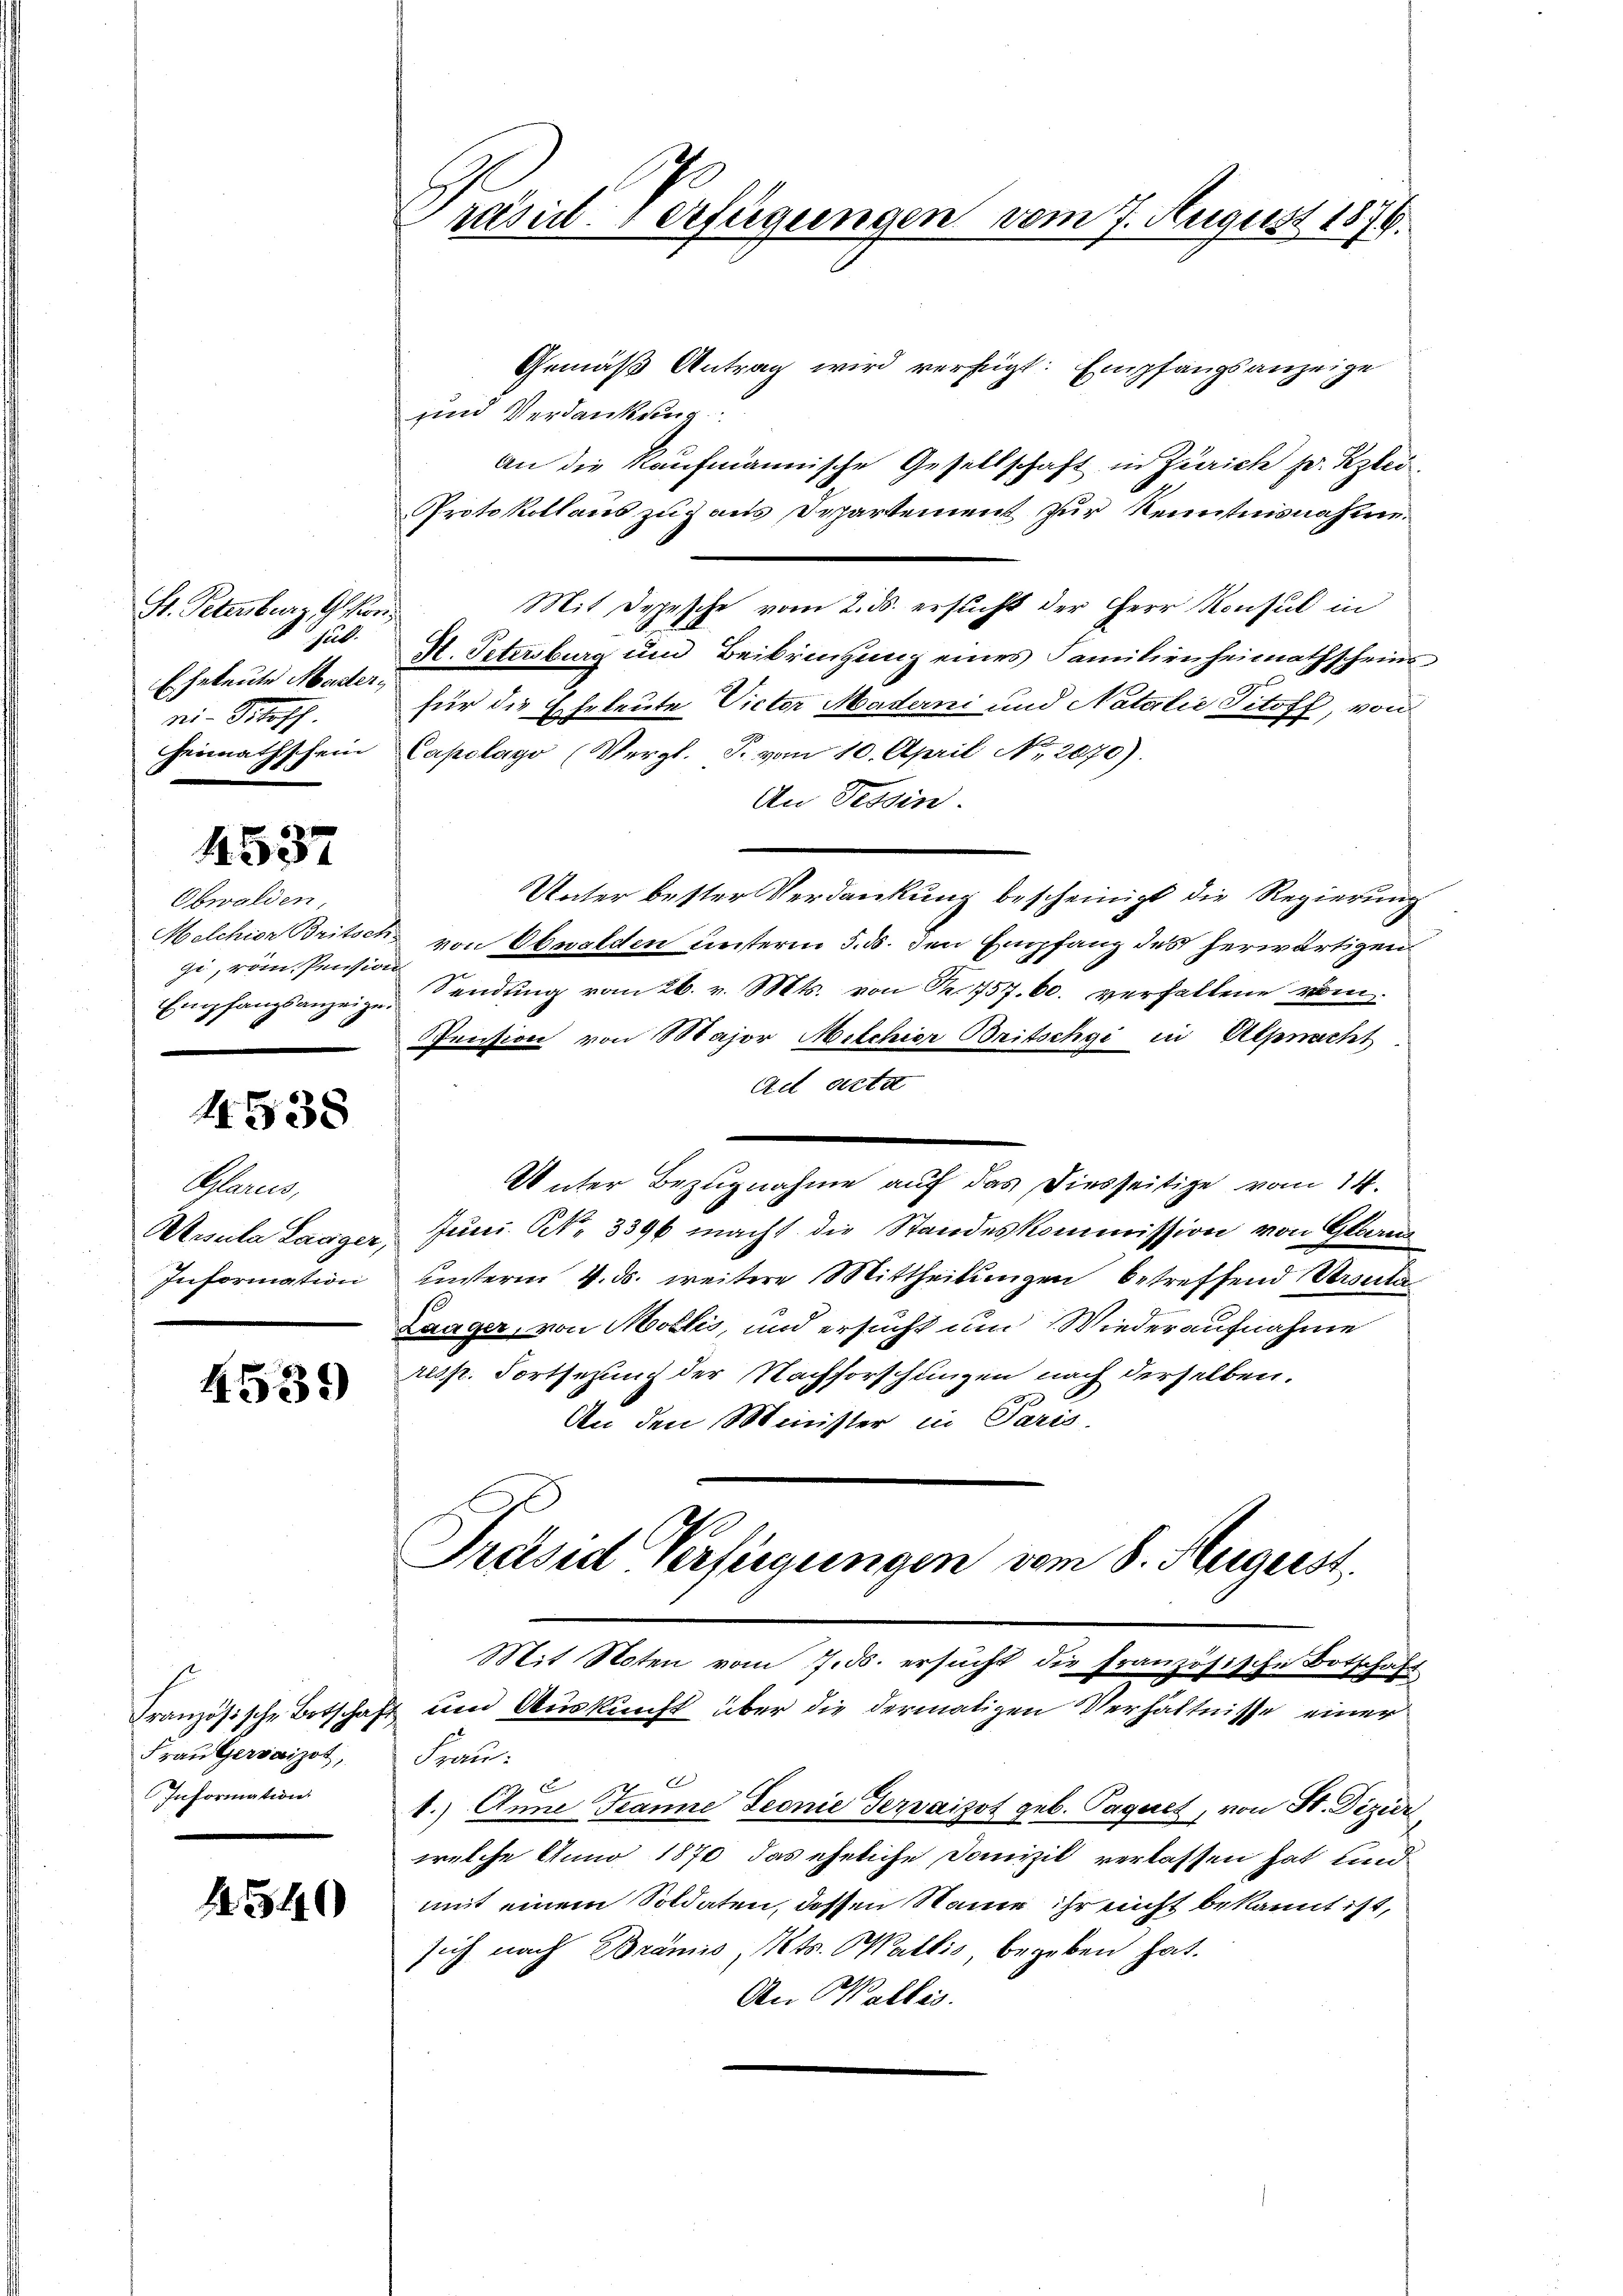
St. Petenburg Gson¬
Jul.
Eheleute Mater,
ni- Prof.
Heimathschein

4537

Obwalden,
Melchior Britsch
gi, vom Pension
Empfangsanzeige.

1538

Glarus,
Misula Laager,
Information

4539

Frau Gersaizot,
Information.

1. 340

Prasili erfügungen vom 7. August 1874.

Gemäß Antrag wird verfügt: Empfangsanzeige
und Verdankung
an die Kaufmännische Gesellschaft in Zürich p. Kzlic
Protokollauszug aus Departement zur Kenntnisnahme.
Mit Depesche vom 2. ds. ersucht der Herr Konsul in
M. Petersburg und Beibringung eines Familienheimathscheins
x
für die Eheleute Victor Maderni und Natalie Titoff, von
Capolago (Vergl. J. vom 10. April No 2070).
An Tessin.
Unter bester Verdankung bescheinigt die Regierung
von Obwalden unterm 5. ds. den Empfang des herwärtigen
Sendung vom 26. v. Mts. von Fr. 757. 60. verhaltene vom
Pension von Major Milchior Britschgi in Alpnacht
Ad acta
Unter Bezugnahme auf das Diesseitige vom 14.
Juni N. 3396 macht die Standeskommission von Glarus
unterm 4. ds. weitere Mittheilungen betreffend Ursula
Laager, von Mollis, und ersucht um Wiederaufnahme
resp. Fortsezung der Nachforschungen nach derselben.
An den Minister in Paris.
Präsid Verfügungen vom 8. August.
Mit Noten vom 7. ds. ersucht die französische Botschaft
Französische Botschaft um Auskunft über die dermaligen Verhältnisse einer
Frau:
d
c
1.) Anna Tanne Seonie Gervaizot geb. Pageret, von St. Dizier
welche Anno 1870 das eheliche Domizil verlassen hat und
mit einem Soldaten, dessen Name ihr nicht bekannt ist,
sich nach Brämis. Mts. Wallis, begeben hat.
An Wallis.